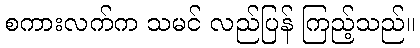
စကားလက်က သမင် လည်ပြန် ကြည့်သည်။